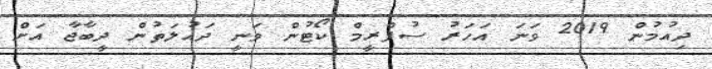
ދިއުމުން 2019 ވަނަ އަހަރު ސުޕްރީމް ކޯޓުން ވަނީ ދައުލަތުން ދީބާޖާ އަށް